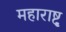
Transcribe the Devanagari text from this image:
महाराष्टृ